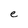
Character: e